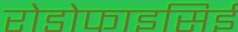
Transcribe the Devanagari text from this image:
रोडोफाइसिई